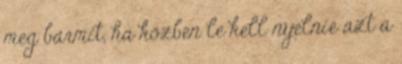
meg bármit, ha közben le kell nyelnie azt a